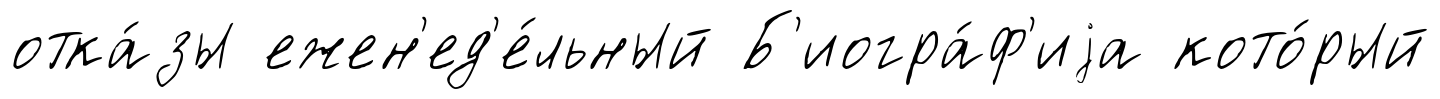
отка́зы ежен'ед'е́льный Б'иогра́ф'иjа кото́рый